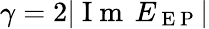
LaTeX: \gamma=2|\mathrm{~I~m~}\, E_{\mathrm{~E~P~}}|